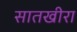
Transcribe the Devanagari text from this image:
सातखीरा